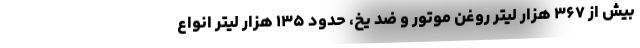
بیش از ۳۶۷ هزار لیتر روغن موتور و ضد یخ، حدود ۱۳۵ هزار لیتر انواع